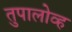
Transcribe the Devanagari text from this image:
तुपालोव्ह